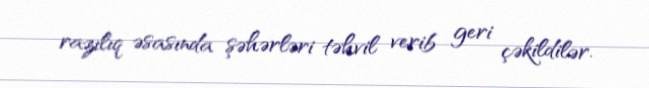
razılıq əsasında şəhərləri təhvil verib geri çəkildilər.